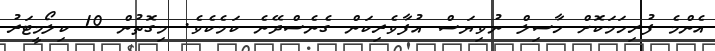
އެންމެ ފުރިހަމަކޮށް ހާސިލް ނުވިޔަސް އުފާވެރިކަން ގެނެސްދޭނެ ކަމެކެވެ. މިގޮތުން 10 ކިލޯމީޓަރު